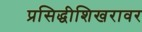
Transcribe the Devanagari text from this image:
प्रसिद्धीशिखरावर